Report of the Indian Hemp Drugs Commission, 1894-1895 - Volume III
Year: 1894
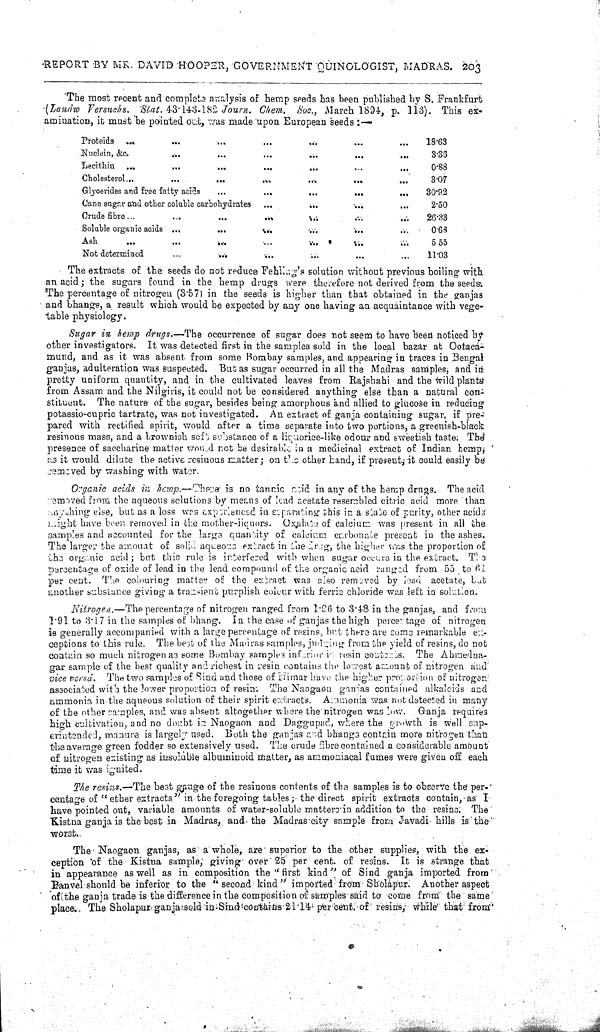
REPORT BY MR. DAVID HOOPER, GOVERNMENT QUlNOLOGIST, MADRAS. 203
"The most recent and complete analysis of hemp speds has been published by S. Frankfurt
(Landw Versuchs. Stat. 43.143.182 Journ. Chem. Soc., March 1894, p. 113). This ex-
amination, it must be pointed out, was made upon European seeds:—
Proteids
18.63
Nuclein, &c.
3.36
Lecithin
0.68
Cholesterol
3.07
Glycerides and free fatty acids
30.92
Cane sugar and other coluble carbohydrates
2.50
Crude fibre
26.33
Soluble organic acids
0.63
Ash
5.55
Not determined
11.03
The extracts of the seeds do not reduce Fehling.s solution without previous boiling with
an acid; the sugars found in the hemp drugs were therefore not derived from the seeds..
The percentage of nitrogen (3.57) in the seeds is higher than that obtained in the ganjas
and bhangs, a result which would be expected by any one having an acquaintance with vege-
table physiology.
Sugar in hemp drugs.—The occurrence of sugar does not seem to have been noticed by
other investigators. It was detected first in the samples sold in the local bazar at Ootaca-
mund, and as it was absent from some Bombay samples, and appearing in traces in Bengal
ganjas, adulteration was suspected. But as sugar occurred in all the Madras samples; and in
pretty uniform quantity, and in the cultivated leaves from Rajshahi and the wild plants
from Assam and the Nilgiris, it could not be considered anything else than a natural con-
stituent. The nature of the sugar, besides being amorphous and allied to glucose in reducing
potassio-cupric tartrate, was not investigated. An extract of ganja containing sugar, if pre-
pared with rectified spirit, would after a time separate into two portions, a greenish-black
resinous mass, and a brownish soft substance of a liquorice-like odour and sweetish taste; The
presence of saccharine matter would not be desirable in a medicinal extract of Indian hemp
as it would dilute the active resinous matter; on the other hand, if present, it could easily be
removed by washing with water.
Organic acids in hemps.—There is no tancic acid in any of the hemp drugs. The acid
removed from the aqueous solutions by means of lead acetate resembled citric acid more than
anything else, but as a loss was experienced in separating this in a state of purity, other acids
might have been removed in the mother-liquors. Oxalate of calcium was present in all the
samples and accounted for the large quantity of calcium carbonate present in the ashes.
The larger the amount of solid aqueous extract in the drug, the higher was the proportion of
the organic acid; but this rule is interfered with when sugar occurs in the extract. The
percentage of oxide of lead in the lead compound of the organic acid ranged from 55 to 61
per cent. The colouring matter. of the extract was also removed by load acetate, but
another substance giving a transient purplish colour with ferric chloride was left in solution.
Nitrogen.—The percentage of nitrogen ranged from 1.96 to 3.48 in the ganjas, and from
1.91 to 3.17 in the samples of bhang. In the case of ganjas the high percentage of nitrogen
is generally accompanied with a large percentage of resins, but there are some remarkable ex-
ceptions to this rule, The best of the Madras samples, judging from the yield of resins, do not
contain so much nitrogen as some Bombay samples inferior is rosin contorss. The Ahmedna-
gar sample of the best quality and richest in resin contains the lowest amount of nitrogen and
vice versa. The two samples of Sind and those of Nimar him; the higher provontion of nitrogen
associated with the lower proportion of resin. The Naogaou ganjas contained alkaloids and
ammonia in the aqueous solution of their spirit extracts. Ammonia was not detected in. many
of the other samples, and was absent altogether where the nitrogen was low. Ganja requires
high cultivation, and no doubt is Naogaon and Daggupad, where the growth is well sup-
erintended, manure is largely used; Both the ganjas and bhangs contsiu more nitrogen than
the average green fodder so extensively used. The crude fibre contained a considerable amount
of nitrogen existing as insoluble albuminoid matter, as ammoniacal fumes were given off each
time it was ignited.
The resins.—The best gauge, of the resinous contents of the samples is to observe the per-
centage of "ether extracts" in the foregoing tables; the direct spirit extracts contain, as I
have pointed out, variable amounts of water-soluble matters in addition to the resins. The
Kistna ganja is the best in Madras, and the Madras city sample from Javadi hills is the
worst.
The Naogaon ganjas, as a whole, are superior to the other supplies, with the ex-
ception of the Kistna sample; giving over 25 per cent, of resins. It is strange that
in appearance as well as in composition the "first kind" of Sind ganja imported from
Panvel should be inferior to the "second. kind" imported from Sholapur. Another aspect
of the ganja trade is the difference in the composition of samples said to come from the same
place. The Sholapur ganja, sold its Sind contains 21.14. percent. of resins, while that from